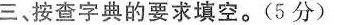
三、按查字典的要求填空。(5分)